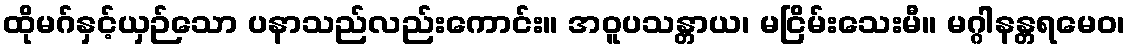
ထိုမဂ်နှင့်ယှဉ်သော ပနာသည်လည်းကောင်း။ အဝူပသန္တာယ၊ မငြိမ်းသေးမီ။ မဂ္ဂါနန္တရမေဝ၊